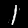
Digit: 1